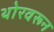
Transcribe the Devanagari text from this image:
थोरवरून